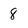
Character: 8